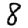
Digit: 8